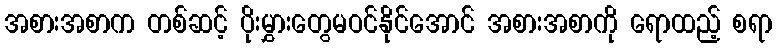
အစားအစာက တစ်ဆင့် ပိုးမွှားတွေမဝင်နိုင်အောင် အစားအစာကို ရောထည့် စရာ